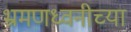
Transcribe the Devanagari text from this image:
भ्रमणध्वनीच्या